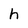
Character: h